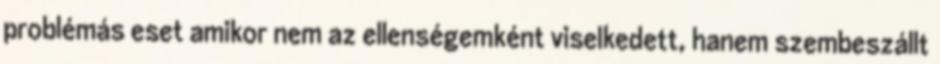
problémás eset amikor nem az ellenségemként viselkedett, hanem szembeszállt